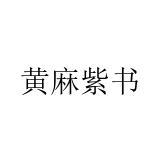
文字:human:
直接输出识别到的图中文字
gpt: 黄麻紫书